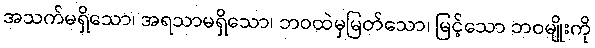
အသက်မရှိသော၊ အရသာမရှိသော၊ ဘဝထဲမှမြတ်သော၊ မြင့်သော ဘဝမျိုးကို